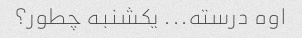
اوه درسته... یکشنبه چطور؟